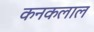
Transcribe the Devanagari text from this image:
कनकलाल